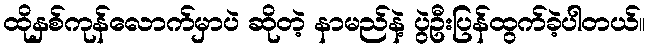
ထိုနှစ်ကုန်လောက်မှာပဲ ဆိုတဲ့ နာမည်နဲ့ ပွဲဦးပြန်ထွက်ခဲ့ပါတယ်။